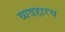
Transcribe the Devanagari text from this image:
व्यवहारच